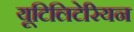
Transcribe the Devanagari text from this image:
यूटिलिटेरियन